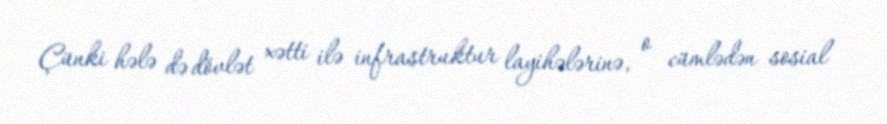
Çünki hələ də dövlət xətti ilə infrastruktur layihələrinə, o cümlədən sosial